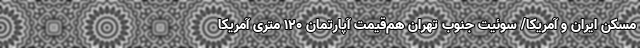
مسکن ایران و آمریکا/ سوئیت جنوب تهران هم‌قیمت آپارتمان 120 متری آمریکا